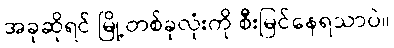
အခုဆိုရင် မြို့တစ်ခုလုံးကို စီးမြင်နေရသာပဲ။